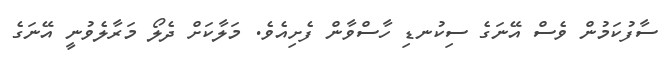
ސާފުކަމުން ވެސް އޭނަގެ ސިކުނޑި ހާސްވާން ފެށިއެވެ. މަލާކަށް ދެލޯ މަރާލެވުނީ އޭނަގެ